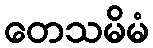
တေသမိမံ